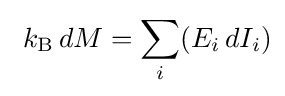
\ k_{\rm {B}}\,dM=\sum _{i}(E_{i}\,dI_{i})